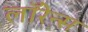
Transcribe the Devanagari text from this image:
लाॅरेन्स